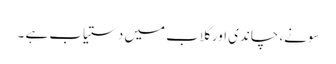
سونے، چاندی اور گلاب میں دستیاب ہے ۔